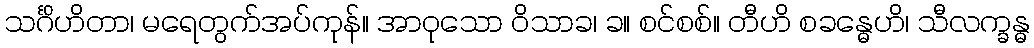
သင်္ဂိဟိတာ၊ မရေတွက်အပ်ကုန်။ အာဝုသော ဝိသာခ၊ ခ။ စင်စစ်။ တီဟိ စခန္ဓေဟိ၊ သီလက္ခန္ဓ